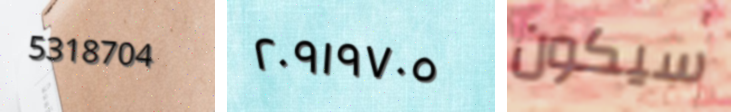
5318704 ٢٠٩١٩٧٠٥ سيكون